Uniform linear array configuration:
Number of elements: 64
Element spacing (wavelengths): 1
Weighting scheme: cosine
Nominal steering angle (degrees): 0
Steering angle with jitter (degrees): -0.5673
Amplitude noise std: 0.05
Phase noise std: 0.05

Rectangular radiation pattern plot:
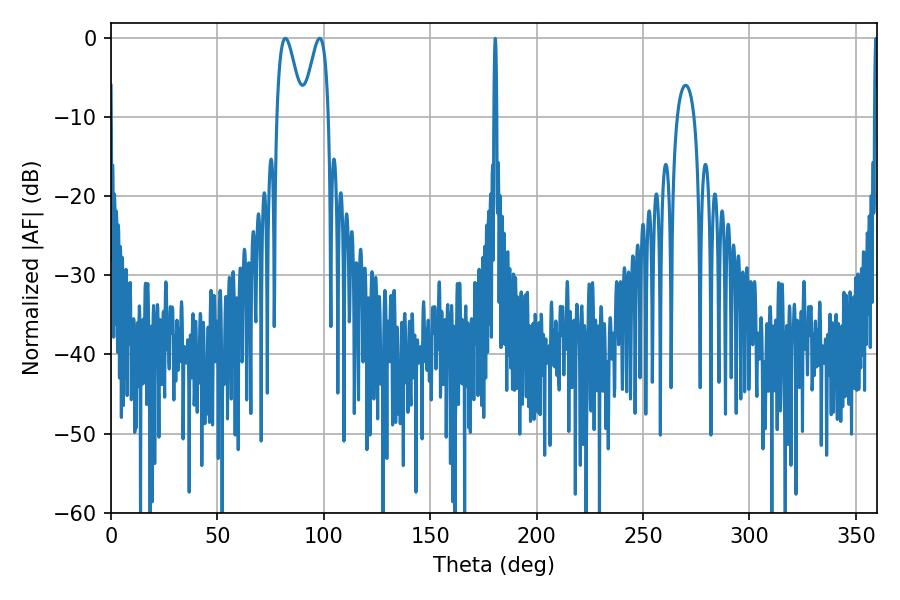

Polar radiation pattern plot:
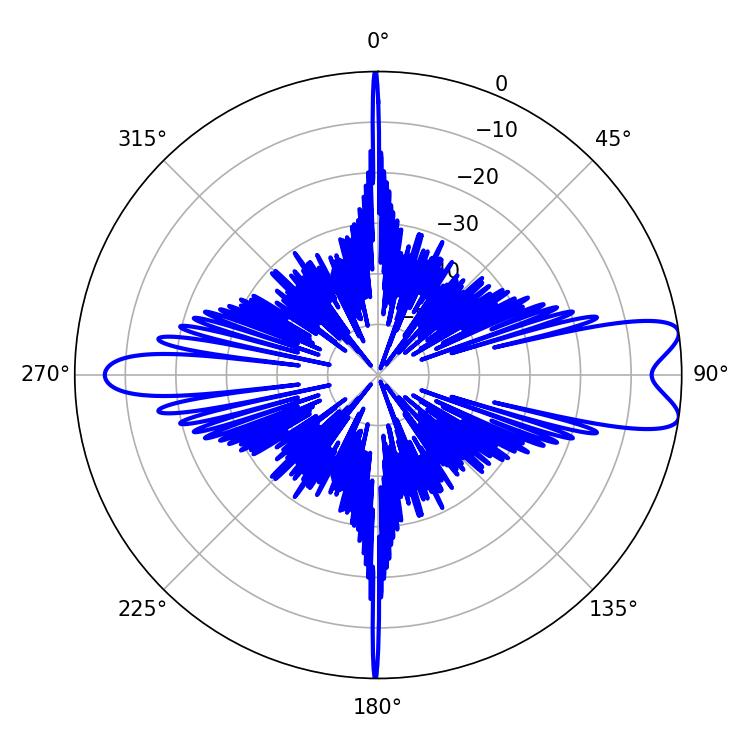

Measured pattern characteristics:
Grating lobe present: TRUE
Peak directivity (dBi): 9.765
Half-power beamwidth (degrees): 6.3
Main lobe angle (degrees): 81.9